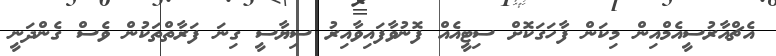
އެޗްއާރުސީއެމްއިން މިކަން ފާހަގަކޮށް ސިޓީއެއް ފޮނުވާފައިވާއިރު ސިޔާސީ ގިނަ ފަރާތްތަކުން ވެސް ގެންދަނީ